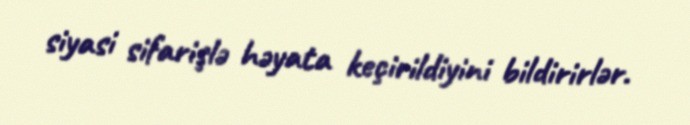
siyasi sifarişlə həyata keçirildiyini bildirirlər.